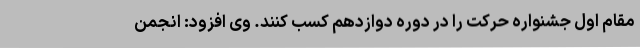
مقام اول جشنواره حرکت را در دوره دوازدهم کسب کنند. وی افزود: انجمن